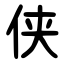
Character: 侠